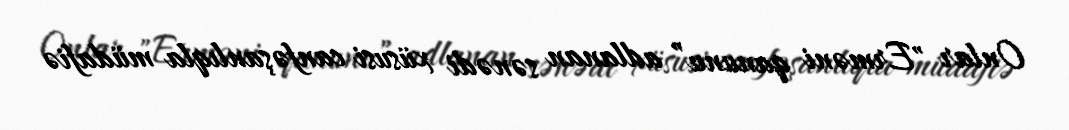
Onlar "Erməni qanunu” adlanan sənədi xüsusi canfəşanlıqla müdafiə